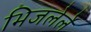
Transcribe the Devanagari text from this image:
भिजलेले